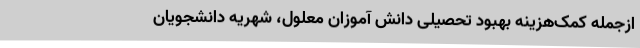
ازجمله کمک‌هزینه بهبود تحصیلی دانش آموزان معلول، شهریه دانشجویان